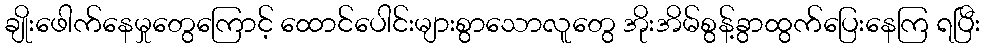
ချိုးဖေါက်နေမှုတွေကြောင့် ထောင်ပေါင်းများစွာသောလူတွေ အိုးအိမ်စွန့်ခွာထွက်ပြေးနေကြ ရပြီး